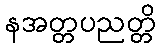
နအတ္တပညတ္တိ